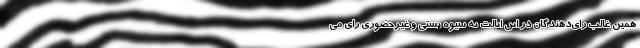
همین غالب رای‌دهندگان در این ایالت به شیوه پستی و غیرحضوری رای می